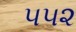
૫૫૨